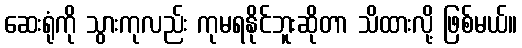
ဆေးရုံကို သွားကုလည်း ကုမရနိုင်ဘူးဆိုတာ သိထားလို့ ဖြစ်မယ်။